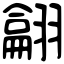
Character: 𦒈